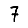
Digit: 7